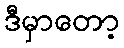
ဒီမှာတော့